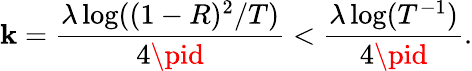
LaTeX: \mathbf{k}=\frac{{\lambda\log((1-R)^{2}/T)}}{{4\pid}}<\frac{{\lambda\log(T^{-1})}}{{4\pid}}.